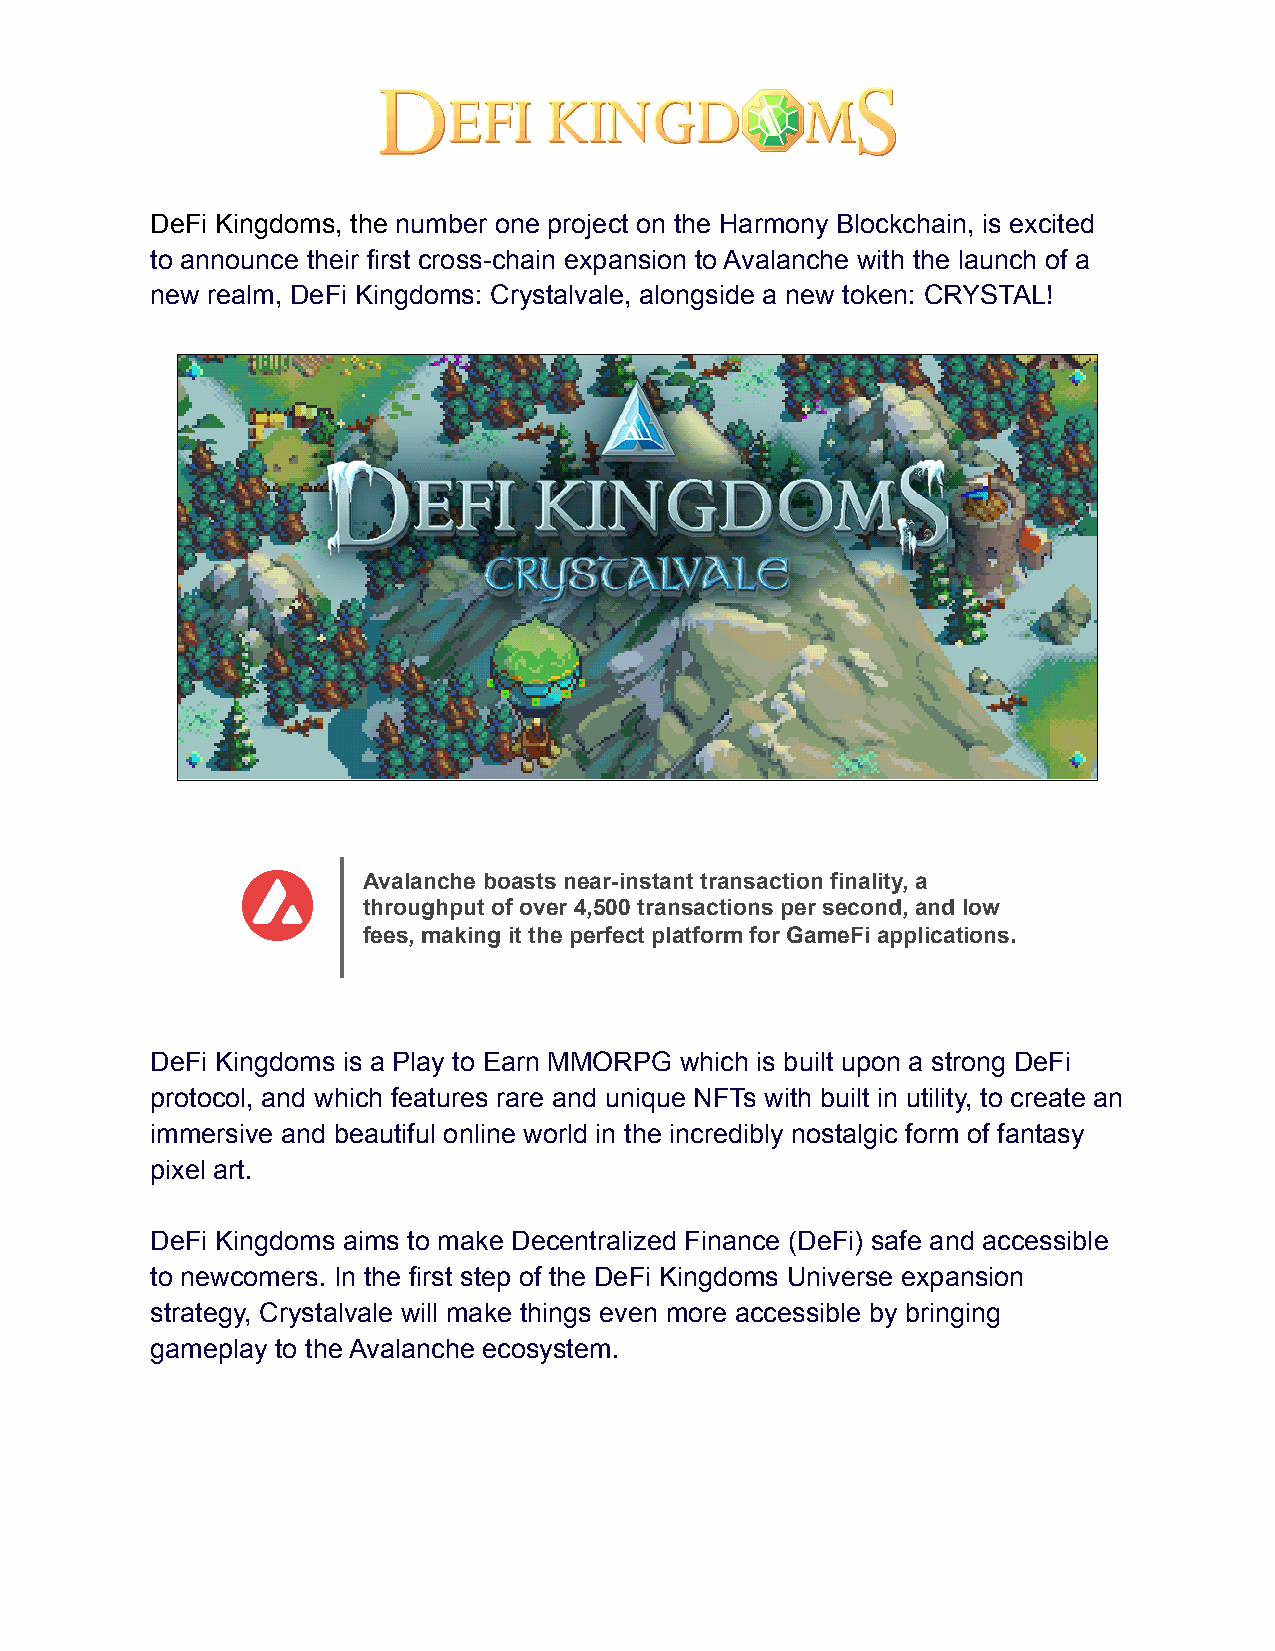
DeFi Kingdoms, the number one project on the Harmony Blockchain, is excited
 to announce their first cross-chain expansion to Avalanche with the launch of a
 new realm, DeFi Kingdoms: Crystalvale, alongside a new token: CRYSTAL!
 Avalanche boasts near-instant transaction finality, a
 throughput of over 4,500 transactions per second, and low
 fees, making it the perfect platform for GameFi applications.
 DeFi Kingdoms is a Play to Earn MMORPG which is built upon a strong DeFi
 protocol, and which features rare and unique NFTs with built in utility, to create an
 immersive and beautiful online world in the incredibly nostalgic form of fantasy
 pixel art.
 DeFi Kingdoms aims to make Decentralized Finance (DeFi) safe and accessible
 to newcomers. In the first step of the DeFi Kingdoms Universe expansion
 strategy, Crystalvale will make things even more accessible by bringing
 gameplay to the Avalanche ecosystem.